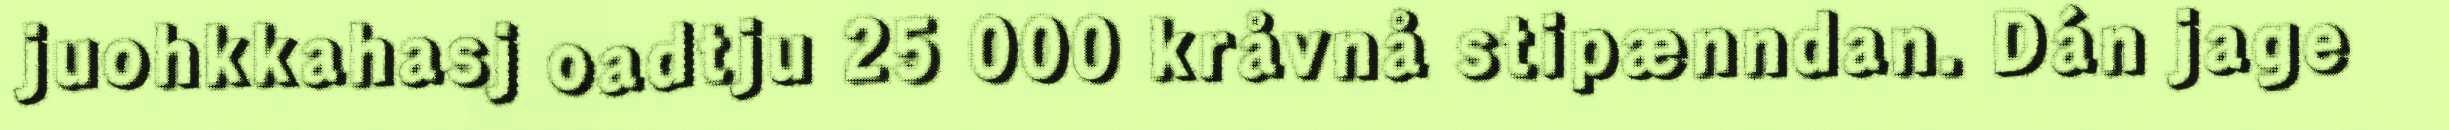
juohkkahasj oadtju 25 000 kråvnå stipænndan. Dán jage